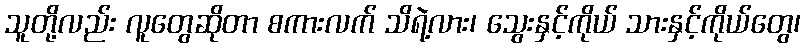
သူတို့လည်း လူတွေဆိုတာ စကားလက် သိရဲ့လား၊ သွေးနှင့်ကိုယ် သားနှင့်ကိုယ်တွေ၊